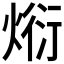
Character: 𭵗